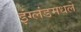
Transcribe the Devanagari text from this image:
इंग्लंडमधले